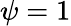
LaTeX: \psi=1